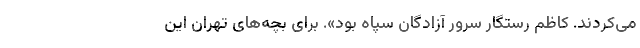
می‌کردند. کاظم رستگار سرور آزادگان سپاه بود». برای بچه‌های تهران این